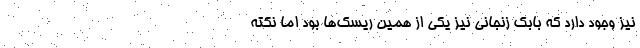
نیز وجود دارد که بابک زنجانی نیز یکی از همین ریسک‌ها بود اما نکته